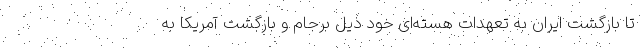
تا بازگشت ایران به تعهدات هسته‌ای خود ذیل برجام و بازگشت آمریکا به